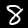
Digit: 8